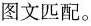
图文匹配。